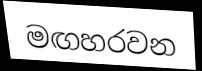
මඟහරවන